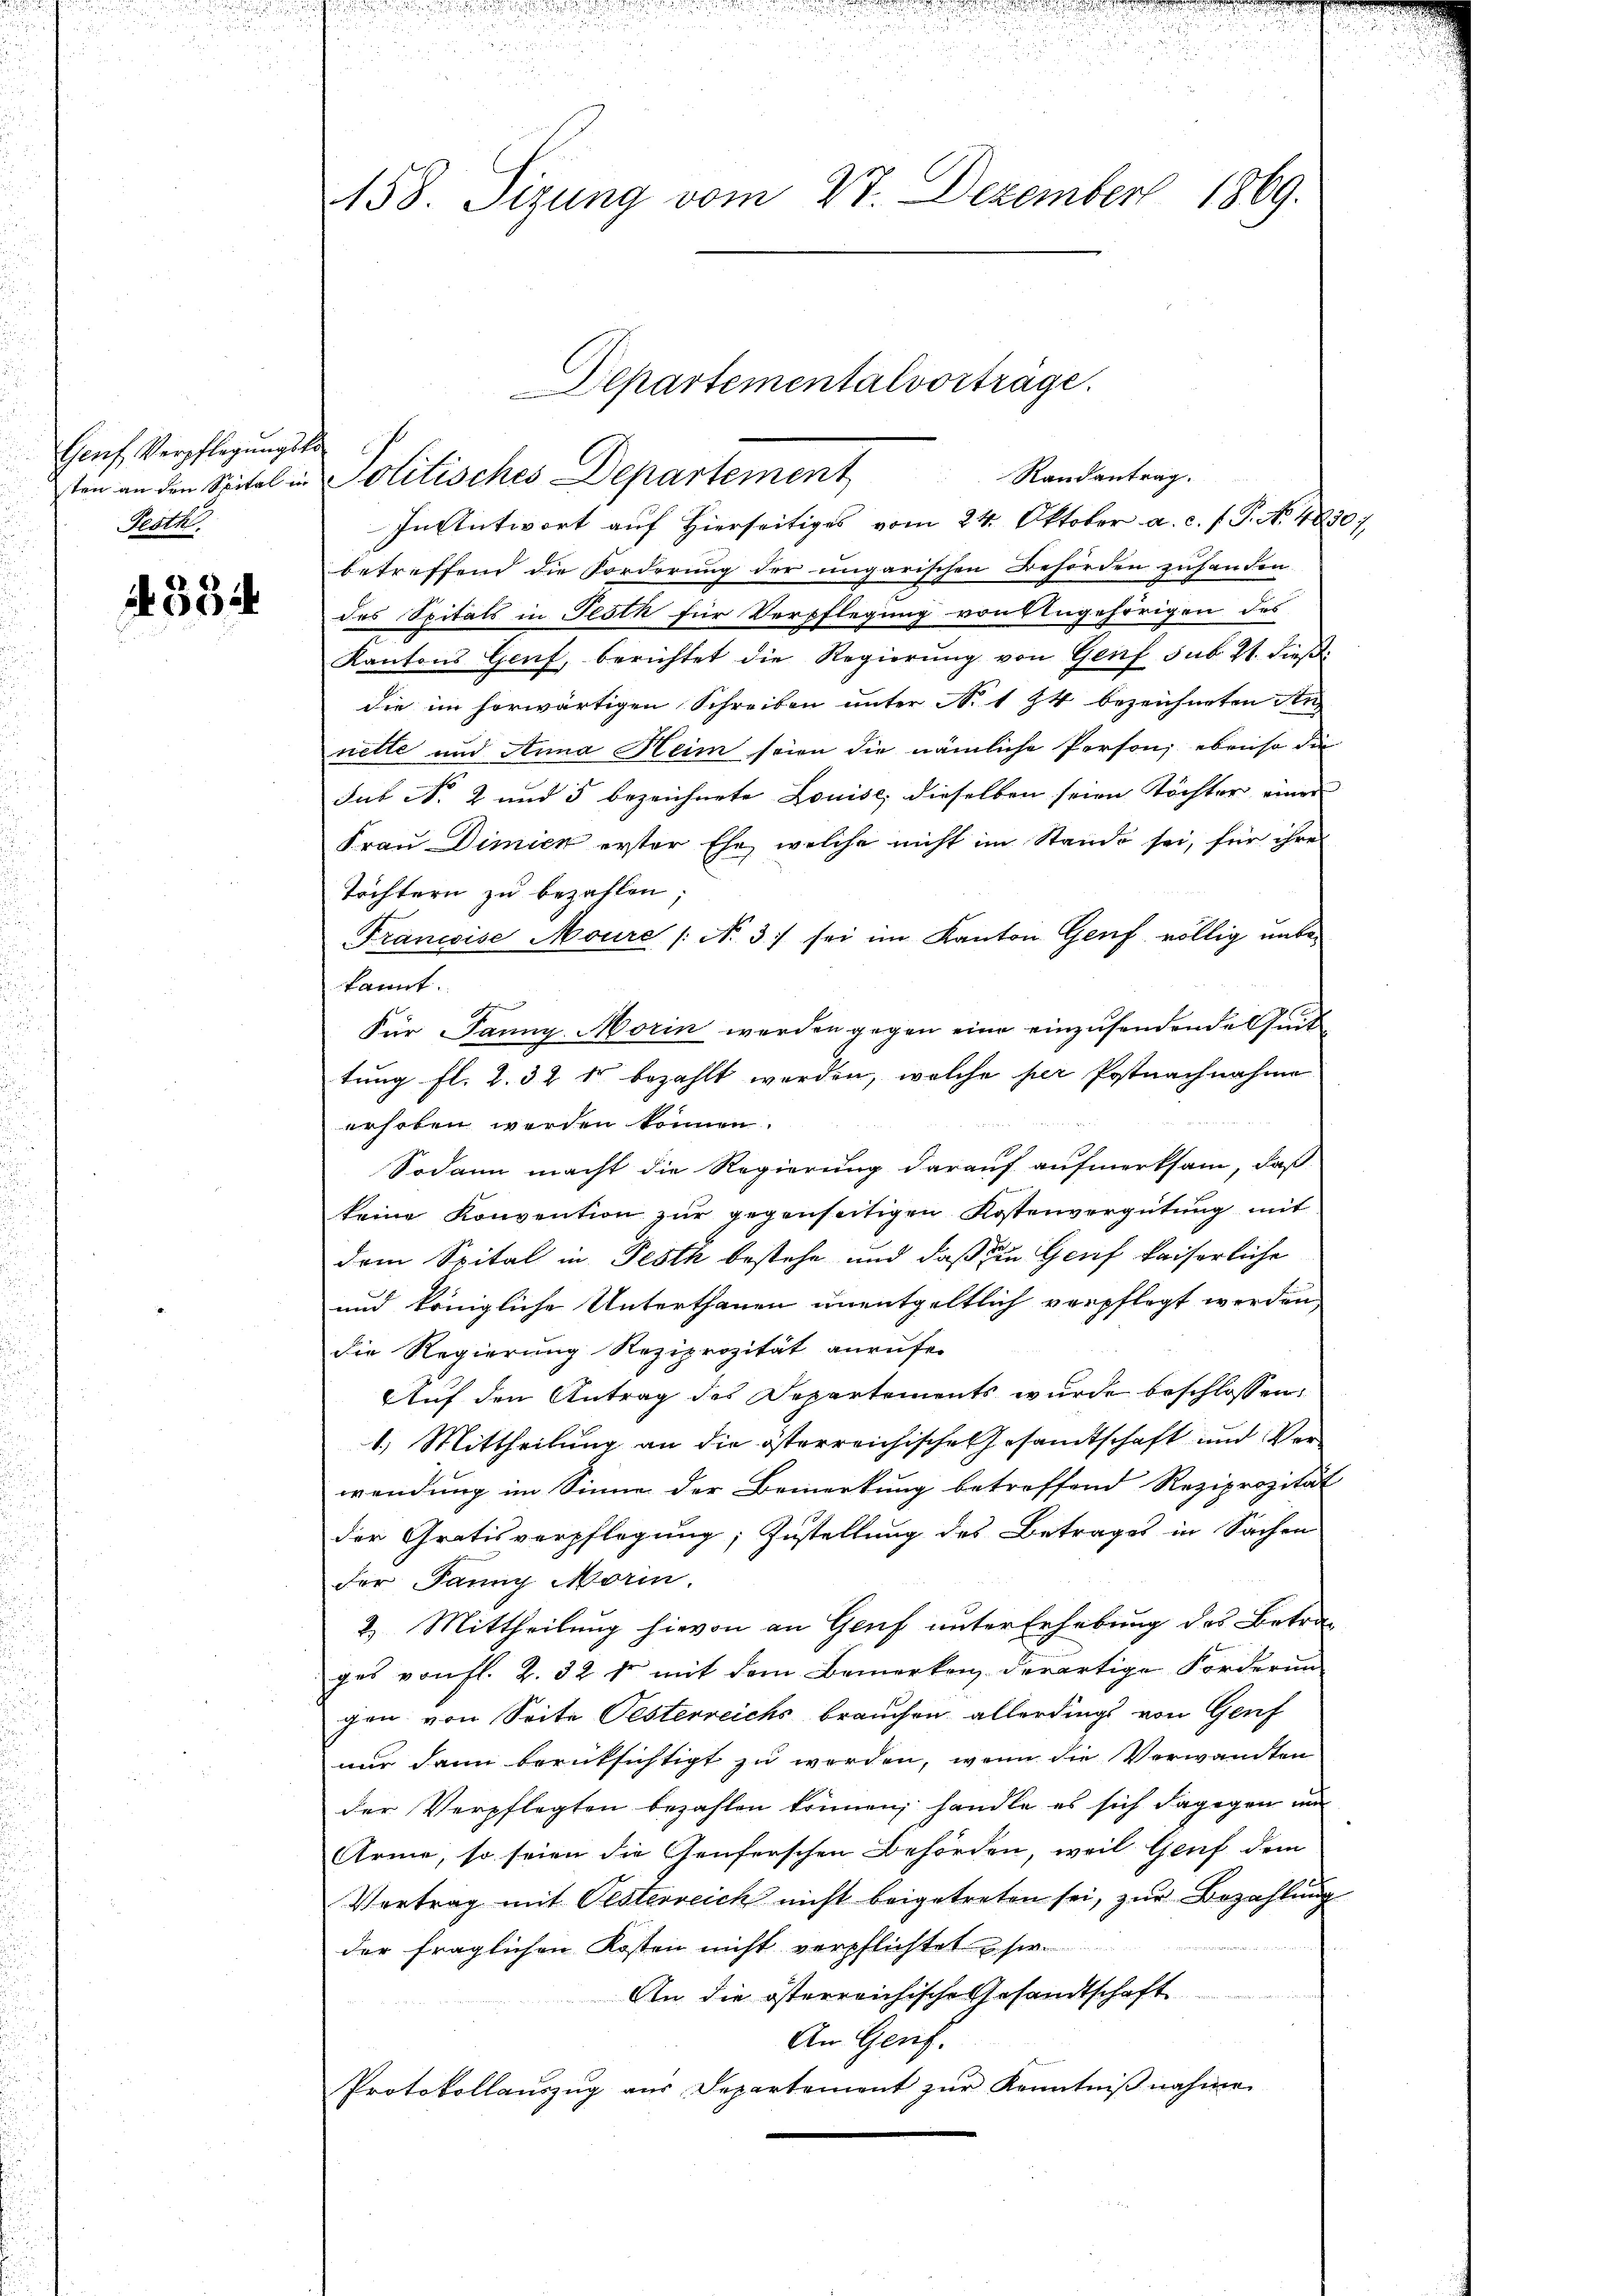
Genf Verpflegungska
Festh.

4384

d

5
u

158. Sizung vom 27. Dezember 1869.

In Antwort auf Hierseitiges vom 24. Oktober a. c. f. P. N. 4830;
betreffend die Forderung der ungarischen Behörden zuhanden
des Spitals in Festh für Verpflegung von Angehörigen des
Kantons Genf, berichtet die Regierung von Genf sub. 21. dieß
die im horwärtigen Schreiben unter No 1 74 bezeichneten Au
nette und Anna Heim seien die nämliche Person; ebenso die
sub No. 2 und 5 bezeichnete Louise, dieselben seien Töchter einer
Frau Dimier erster Ehe, welche nicht im Stande sei, für ihre
Töchtern zu bezahlen;
Francise Moure / No. 3) sei im Kanton Genf völlig unbekannt.
Für Janny. Morin werden gegen eine einzusendende Quit
tung fl. 2. 32 kr bezahlt worden, welche her Postnachnahme
erhoben werden können.
Sodann macht die Regierung darauf aufmerksam, daß
keine Konvention zur gegenseitigen Kostenvergütung mit
dem Spital in Festh bestehe und daß zu Genf kaiserliche
und königliche Unterthanen unentgeltlich verpflegt werden,
die Regierung Reziprozität anrufen
Auf den Antrag des Departements wurde beschlossen:
1) Mittheilung an die österreichische Gesandtschaft und Verwendung im Sinne der Bemerkung betreffend Reziprozität
der Gratisverpflegung; Zustellung des Betrages in Sachen
der Panny Morin.
2. Mittheilung hievon an Genf unter Erhebung des Betrages von fl. 2. 32 fr mit dem Bemerken, derartige Forderun
gen von Seite Pesterreichs brauchen allerdings von Genf
nur dann berücksichtigt zu werden, wenn die Verwandten
der Verpflegten bezahlen können, handle es sich dagegen un
Arme, so seien die Genferschen Behörden, weil Genf dem
Vertrag mit Oesterreich nicht beigetreten sei, zur Bezahlung
1t
der fraglichen Kosten nicht verpflichtet sie
An die österreichische Gesandtschaft
An Genf.
Protokollauszug aus Separtement zur Kenntniβnahmen

Departementalvorträge.
ten an den Spital in Politisches Departement Randantrag.

n